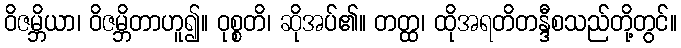
ဝိဇမ္ဘိယာ၊ ဝိဇမ္ဘိတာဟူ၍။ ဝုစ္စတိ၊ ဆိုအပ်၏။ တတ္ထ၊ ထိုအရတိတန္ဒီစသည်တို့တွင်။